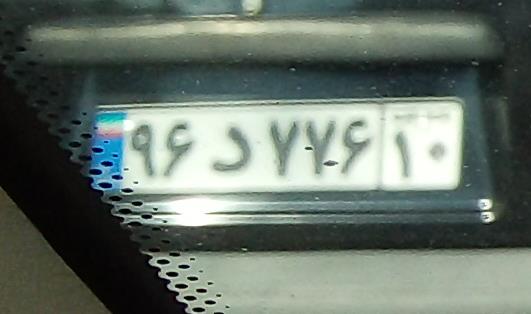
۹۶د۷۷۶۱۰